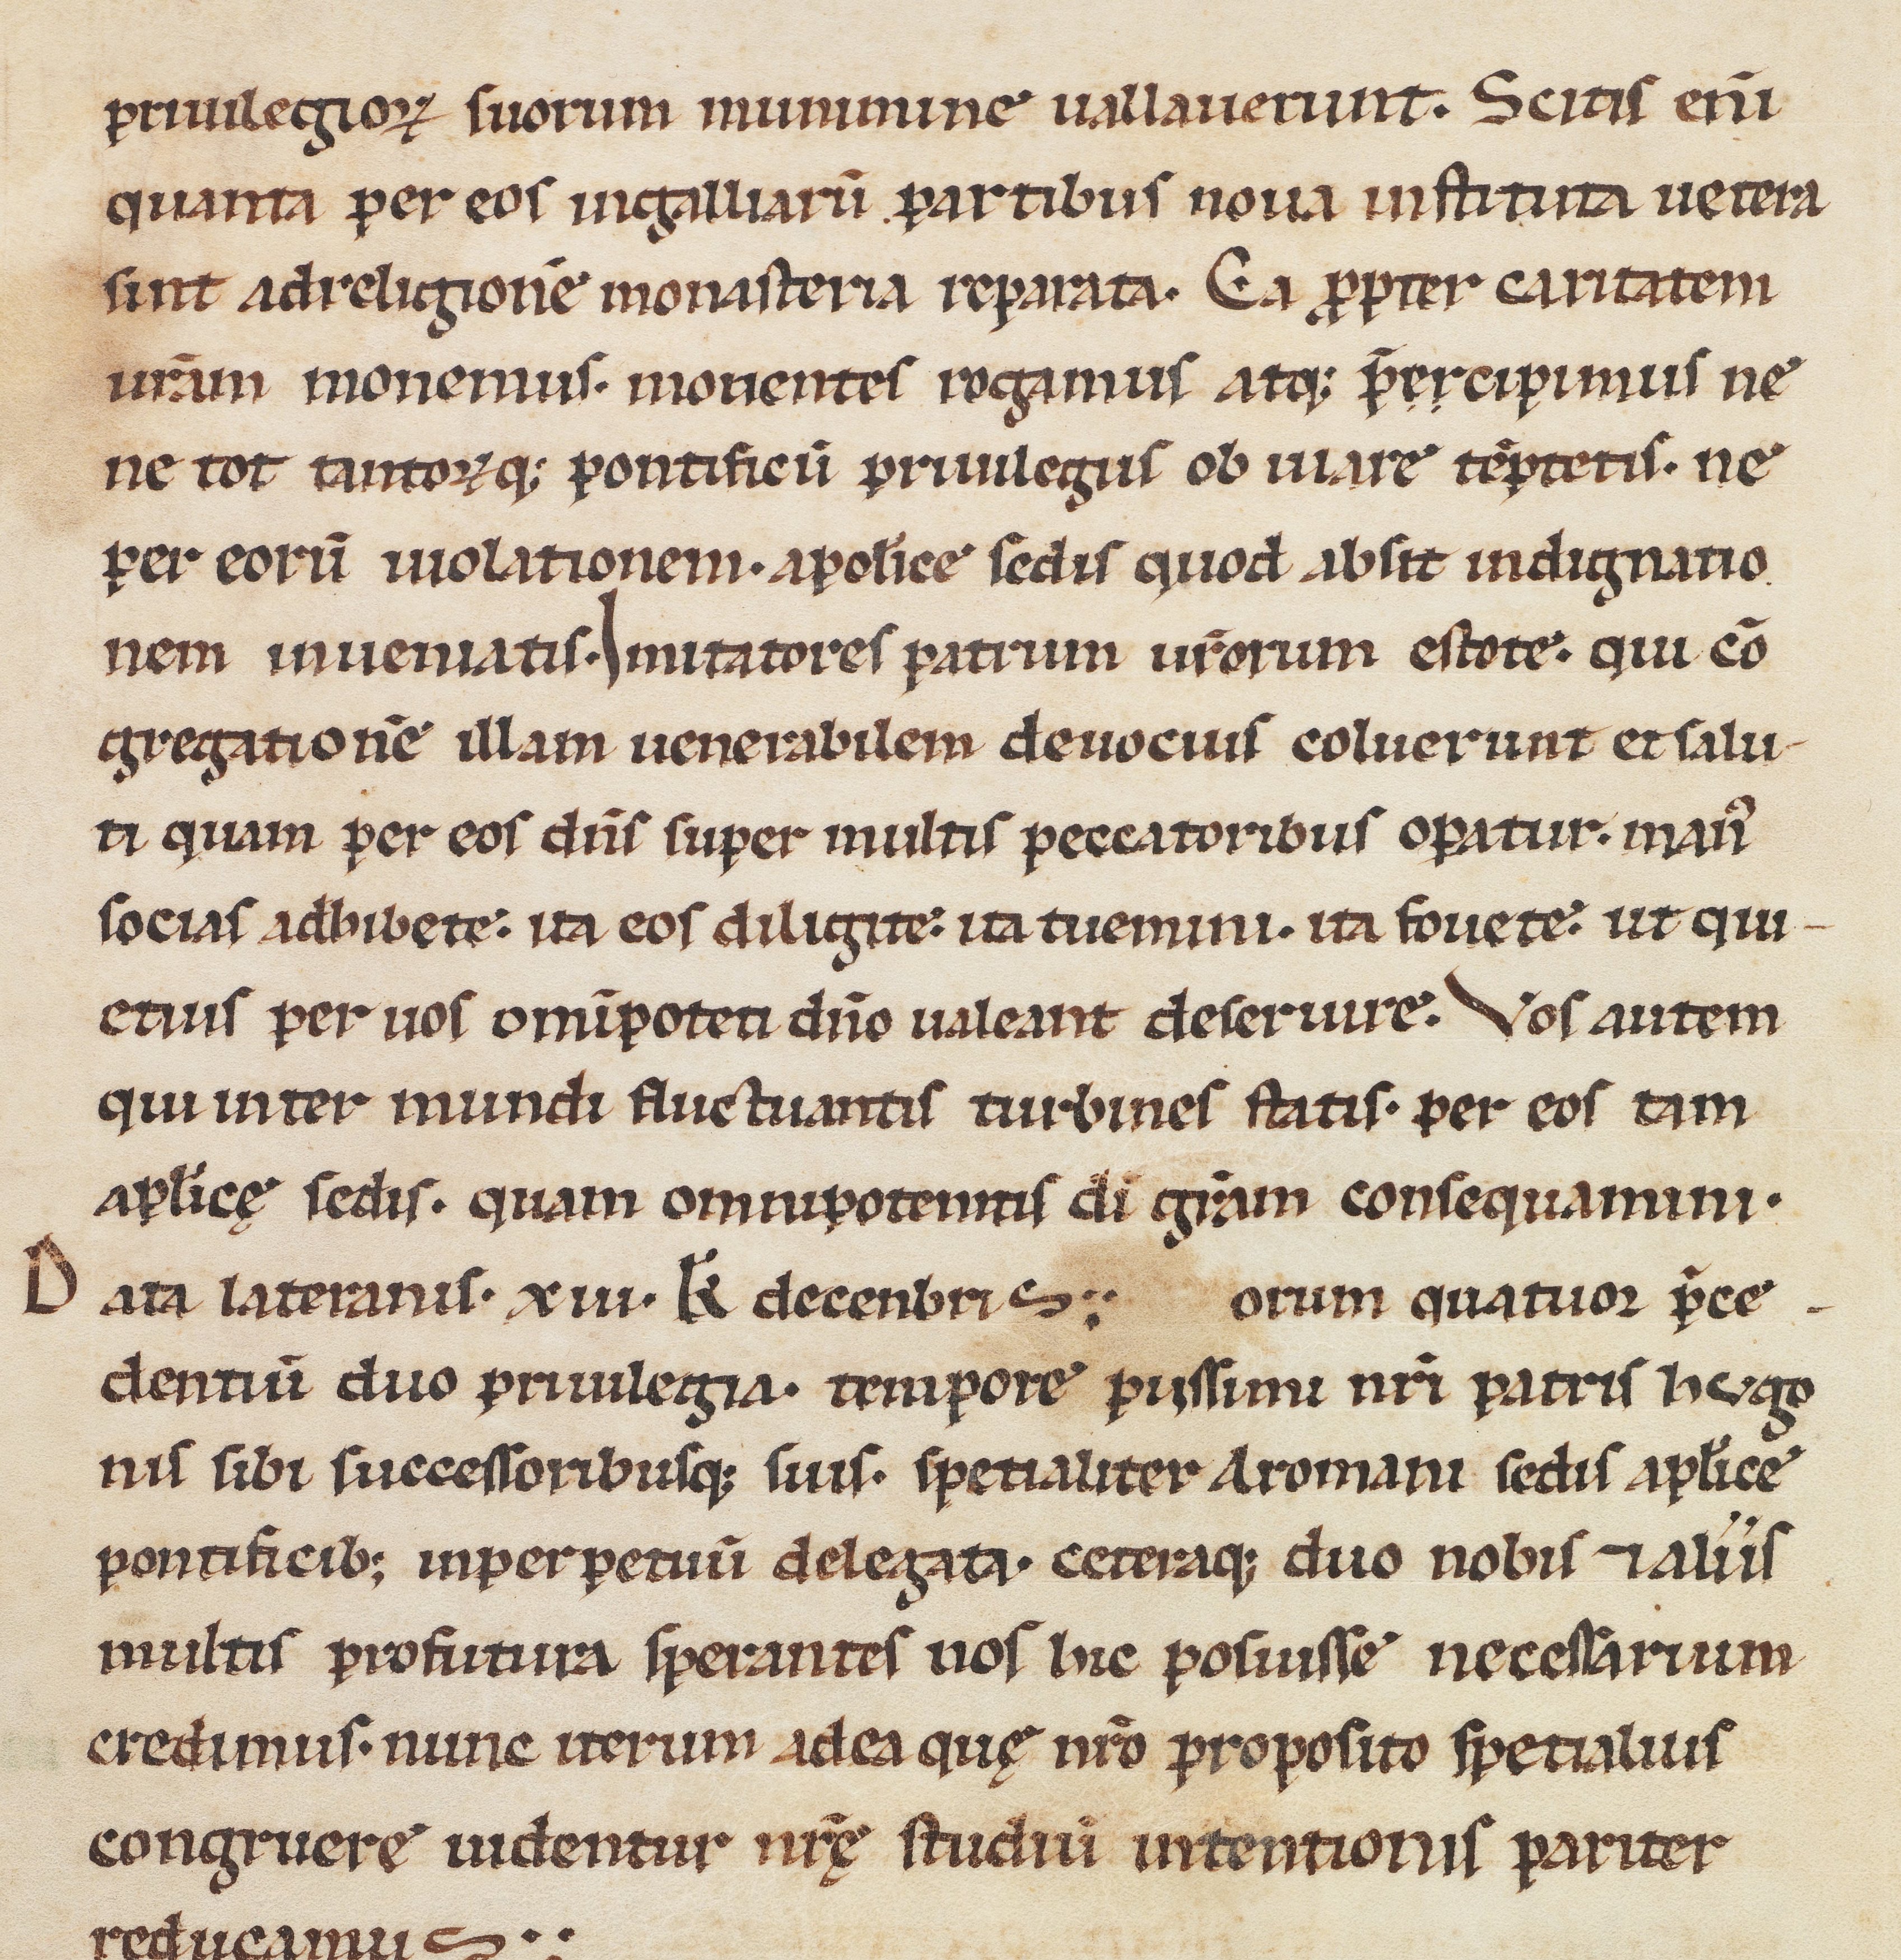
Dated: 1100–1315